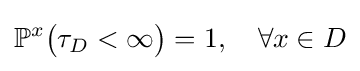
\mathbb {P} ^{x}{\big (}\tau _{D}<\infty {\big )}=1,\quad \forall x\in D